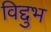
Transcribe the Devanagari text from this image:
विद्दुभ